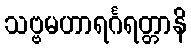
သဗ္ဗမဟာရင်္ဂရတ္တာနိ